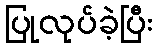
ပြုလုပ်ခဲ့ပြီး